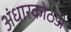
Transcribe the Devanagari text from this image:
अंधारकोठडी